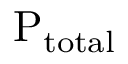
\mathrm { P _ { t o t a l } }